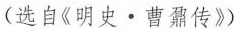
(选自《明史·曹鼐传》)